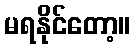
မရနိုင်တော့။